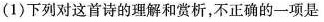
(1)下列对这首诗的理解和赏析，不正确的一项是